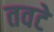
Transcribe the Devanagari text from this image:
तवटे